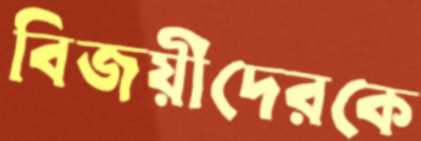
বিজয়ীদেরকে